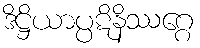
ဒိဋ္ဌိယာပ္ပဋိနိဿဂ္ဂေ